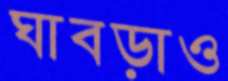
ঘাবড়াও